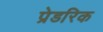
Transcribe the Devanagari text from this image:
प्रेडरिक